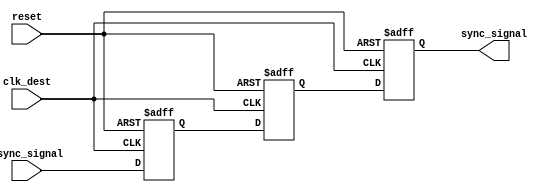
module triple_ff_synchronizer (
    input wire clk_dest,         // Destination clock
    input wire async_signal,     // Asynchronous input signal
    input wire reset,            // Synchronous reset
    output reg sync_signal       // Synchronized output signal
);

    // Internal signals for the flip-flops
    reg ff1_out;
    reg ff2_out;

    // Sequential logic for the flip-flops
    always @(posedge clk_dest or posedge reset) begin
        if (reset) begin
            ff1_out <= 1'b0;  // Initialize FF1 on reset
        end else begin
            ff1_out <= async_signal;  // Sample async signal
        end
    end

    always @(posedge clk_dest or posedge reset) begin
        if (reset) begin
            ff2_out <= 1'b0;  // Initialize FF2 on reset
        end else begin
            ff2_out <= ff1_out;  // Capture output from FF1
        end
    end

    always @(posedge clk_dest or posedge reset) begin
        if (reset) begin
            sync_signal <= 1'b0;  // Initialize FF3 on reset
        end else begin
            sync_signal <= ff2_out;  // Capture output from FF2
        end
    end

endmodule